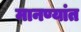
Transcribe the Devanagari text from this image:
मानण्यांत